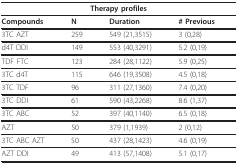
| <COLSPAN=4> Therapy profiles |
 | --- | --- | --- | --- |
 | Compounds | N | Duration | # Previous |
 | 3TC AZT | 259 | 549 (21,3515) | 3 (0,28) |
 | d4T DDI | 149 | 553 (40,3291) | 5.2 (0,19) |
 | TDF FTC | 123 | 284 (28,1122) | 5.9 (0,25) |
 | 3TC d4T | 115 | 646 (19,3508) | 4.5 (0,18) |
 | 3TC TDF | 96 | 311 (27,1360) | 7.4 (0,20) |
 | 3TC DDI | 61 | 590 (43,2268) | 8.6 (1,37) |
 | 3TC ABC | 52 | 397 (40,1140) | 6.5 (0,18) |
 | AZT | 50 | 379 (1,1939) | 2 (0,12) |
 | 3TC ABC AZT | 50 | 437 (28,1423) | 4.6 (0,19) |
 | AZT DDI | 49 | 413 (57,1408) | 5.1 (0,17) |